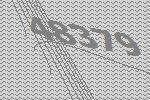
48379